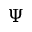
\Psi